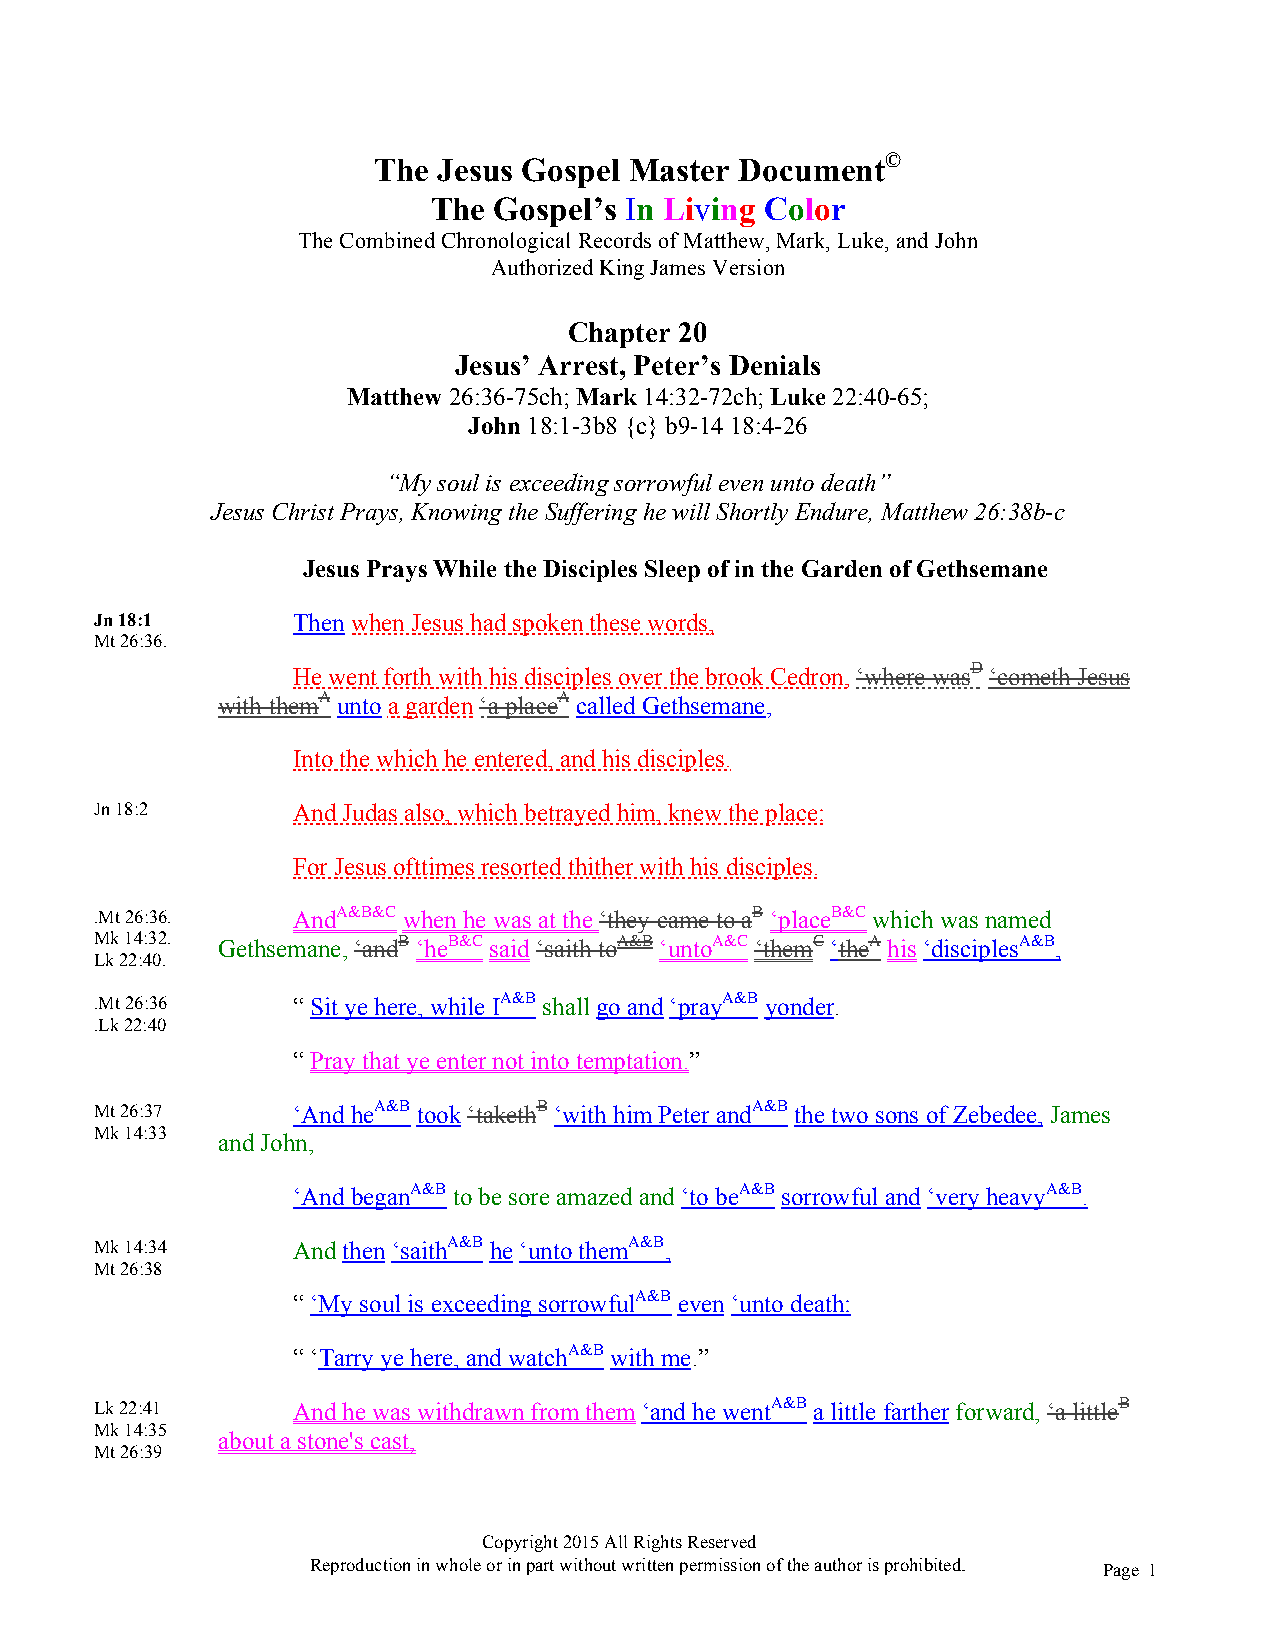
The Jesus Gospel Master Document©
 The Gospel’s In Living Color
 The Combined Chronological Records of Matthew, Mark, Luke, and John
 Authorized King James Version
 Chapter 20
 Jesus’ Arrest, Peter’s Denials
 Matthew 26:36-75ch; Mark 14:32-72ch; Luke 22:40-65;
 John 18:1-3b8 {c} b9-14 18:4-26
 “My soul is exceeding sorrowful even unto death”
 Jesus Christ Prays, Knowing the Suffering he will Shortly Endure, Matthew 26:38b-c
 Jesus Prays While the Disciples Sleep of in the Garden of Gethsemane
 Jn 18:1      Then when Jesus had spoken these words,
 Mt 26:36.
 He went forth with his disciples over the brook Cedron, ‘where wasD ‘cometh Jesus
 with themA unto a garden ‘a placeA called Gethsemane,
 Into the which he entered, and his disciples.
 Jn 18:2      And Judas also, which betrayed him, knew the place:
 For Jesus ofttimes resorted thither with his disciples.
 .Mt 26:36.   AndA&B&C when he was at the ‘they came to aB ‘placeB&C which was named
 Mk 14:32. Gethsemane, ‘andB ‘heB&C said ‘saith toA&B ‘untoA&C ‘themC ‘theA his ‘disciplesA&B,
 Lk 22:40.
 .Mt 26:36    “ Sit ye here, while IA&B shall go and ‘prayA&B yonder.
 .Lk 22:40
 “ Pray that ye enter not into temptation.”
 Mt 26:37     ‘And heA&B took ‘takethB ‘with him Peter andA&B the two sons of Zebedee, James
 Mk 14:33
 and John,
 ‘And beganA&B to be sore amazed and ‘to beA&B sorrowful and ‘very heavyA&B.
 Mk 14:34     And then ‘saithA&B he ‘unto themA&B,
 Mt 26:38
 “ ‘My soul is exceeding sorrowfulA&B even ‘unto death:
 “ ‘Tarry ye here, and watchA&B with me.”
 Lk 22:41     And he was withdrawn from them ‘and he wentA&B a little farther forward, ‘a littleB
 Mk 14:35
 about a stone's cast,
 Mt 26:39
 Copyright 2015 All Rights Reserved
 Reproduction in whole or in part without written permission of the author is prohibited. Page 1